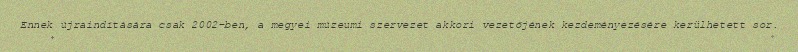
Ennek újraindítására csak 2002-ben, a megyei múzeumi szervezet akkori vezetőjének kezdeményezésére kerülhetett sor.